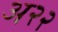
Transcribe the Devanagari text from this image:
अ२२